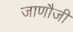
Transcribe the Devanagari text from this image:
जाणौजी